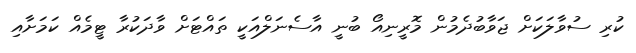
ކުރި ސުވާލަކަށް ޖަވާބުދެމުން މޮރީނިއޯ ބުނީ އާސެނަލްއަކީ ތައްޓަށް ވާދަކުރާ ޓީމެއް ކަމަށާއި